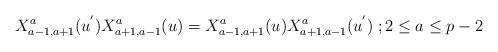
LaTeX: \begin{align*}X^a_{a-1,a+1}(u^{'})X^{a}_{a+1,a-1}(u)=X^a_{a-1,a+1}(u)X^{a}_{a+1,a-1}(u^{'})\;;2\leq a\leq p-2\end{align*}